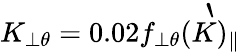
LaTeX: K_{\perp\theta}=0.02f_{\perp\theta}\grave{(K)_{\parallel}}